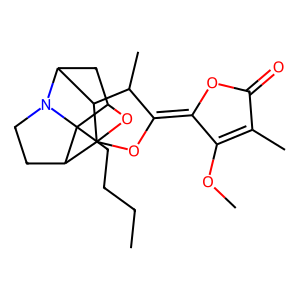
SMILES: CCCCC12C3CC4C5C(C)C(=C6OC(=O)C(C)=C6OC)OC5(O3)C1CCN42
Inhibits HIV replication: No